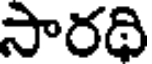
సారథి